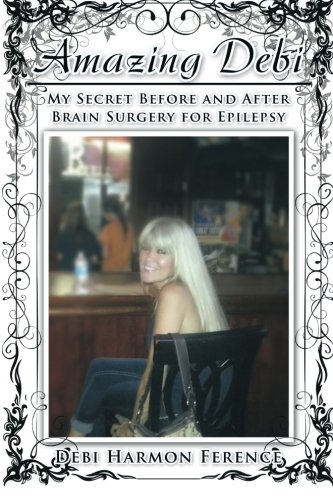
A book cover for Amazing Debi: My Secret Before and After Brain Surgery for Epilepsy; Debi Harmon Ference; Health, Fitness & Dieting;